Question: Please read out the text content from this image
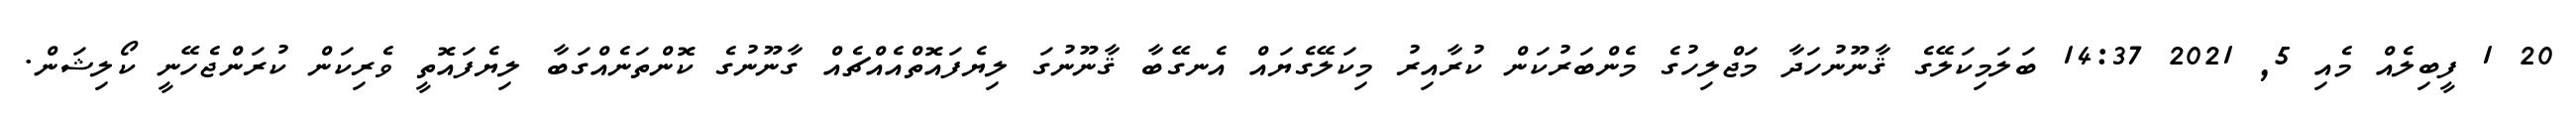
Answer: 20 1 ފީބިލެއް މެއި 5, 2021 14:37 ބަލަމިކަލޭގެ ޤާނޫނުހަދާ މަޖްލިހުގެ މެންބަރުކަން ކުރާއިރު މިކަލޭގެޔައް އެނގޭބާ ޤާނޫނުގަ ލިޔެފައޮތްއެއްޗެއް ގާނޫނުގެ ކޮންތަނެއްގަބާ ލިޔެފައޮތީ ވެރިކަން ކުރަންޖެހޭނީ ކޯލިޝަން.